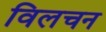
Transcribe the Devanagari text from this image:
विलचन